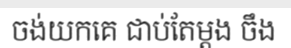
ចង់យកគេ ជាប់តែម្តង ចឹង